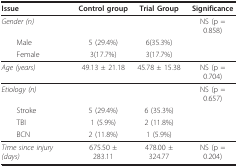
| Issue | Control group | Trial Group | Significance |
 | --- | --- | --- | --- |
 | Gender (n) |  |  | NS (p = 0.858) |
 | Male | 5 (29.4%) | 6(35.3%) |  |
 | Female | 3(17.7%) | 3(17.7%) |  |
 | Age (years) | 49.13 ± 21.18 | 45.78 ± 15.38 | NS (p = 0.704) |
 | Etiology (n) |  |  | NS (p = 0.657) |
 | Stroke | 5 (29.4%) | 6 (35.3%) |  |
 | TBI | 1 (5.9%) | 2 (11.8%) |  |
 | BCN | 2 (11.8%) | 1 (5.9%) |  |
 | Time since injury (days) | 675.50 ± 283.11 | 478.00 ± 324.77 | NS (p = 0.204) |